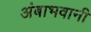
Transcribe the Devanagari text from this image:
अंबाभवानी